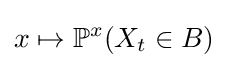
x\mapsto \mathbb {P} ^{x}(X_{t}\in B)